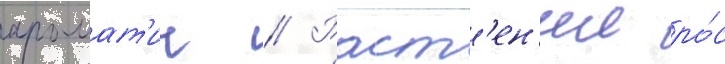
аромат'ич // Раст'ен'ии ро́с